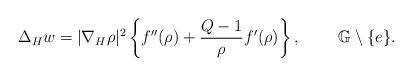
LaTeX: \begin{align*}\Delta_H w = |\nabla_{H} \rho|^2 \left\{f''(\rho) + \frac{Q-1}{\rho} f'(\rho)\right\},\ \ \ \ \ \ \; \mathbb{G}\setminus \{e\}.\end{align*}